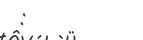
: